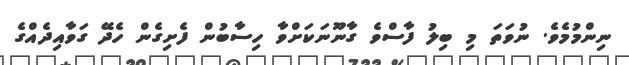
ނިންމުމެވެ. ނުވަތަ މި ބިލު ފާސްވެ ގާނޫނަކަށްވާ ހިސާބުން ފެށިގެން ހެދޭ ގަވާއިދެއްގެ